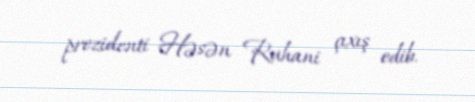
prezidenti Həsən Ruhani çıxış edib.